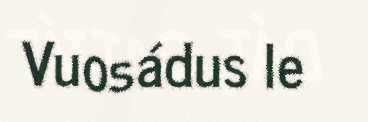
Vuosádus le